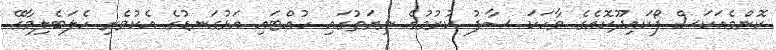
ކޮންމެއަކަސް ފޯކައިދޫކޮއެގެ ވާހަކަ ސާފު ކުރުމުގެ ނިޔަތުގައި ހުއްޓައި އަޅުގަނޑުގެ އެކުވެރި ހެލަބެލިމާގޭ